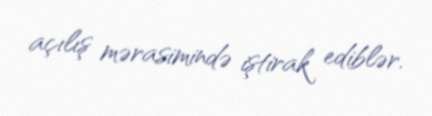
açılış mərasimində iştirak ediblər.